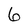
Character: 6